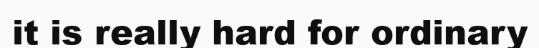
it is really hard for ordinary